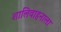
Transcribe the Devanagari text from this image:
शालिवाहनाला